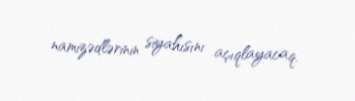
namizədlərinin siyahısını açıqlayacaq.